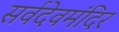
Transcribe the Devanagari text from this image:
सर्वदेवमंदिर